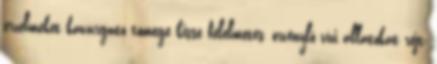
érzelmeket kavargató tömege kissé félelmetes, örvénylő vízi állatokat rejt,